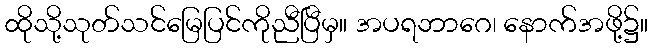
ထိုသို့သုတ်သင်မြေပြင်ကိုညီပြီမှ။ အပရဘာဂေ၊ နောက်အဖို့၌။